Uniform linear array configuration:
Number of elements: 16
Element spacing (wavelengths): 0.75
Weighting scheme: hamming
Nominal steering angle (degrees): -15
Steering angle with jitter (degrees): -13.626
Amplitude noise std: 0.05
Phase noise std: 0.05

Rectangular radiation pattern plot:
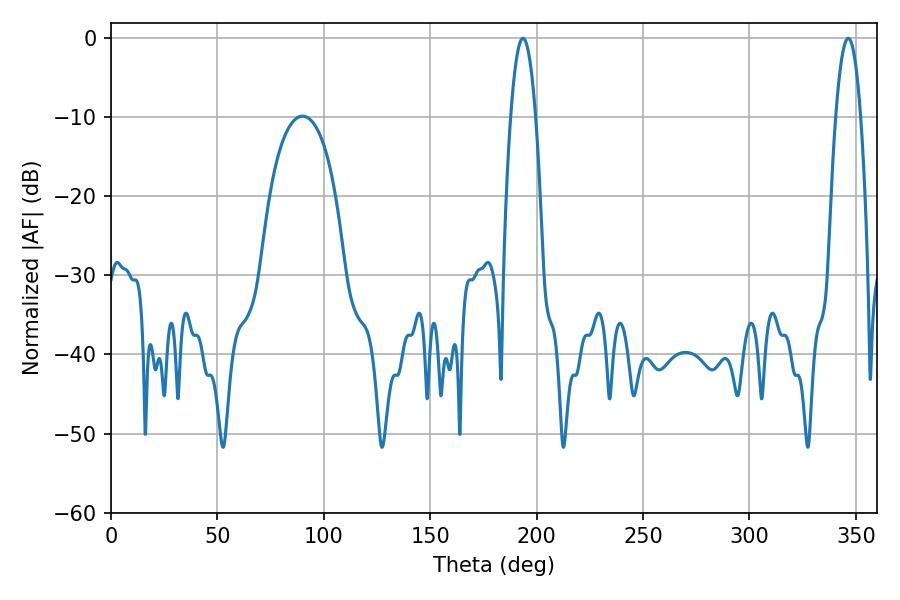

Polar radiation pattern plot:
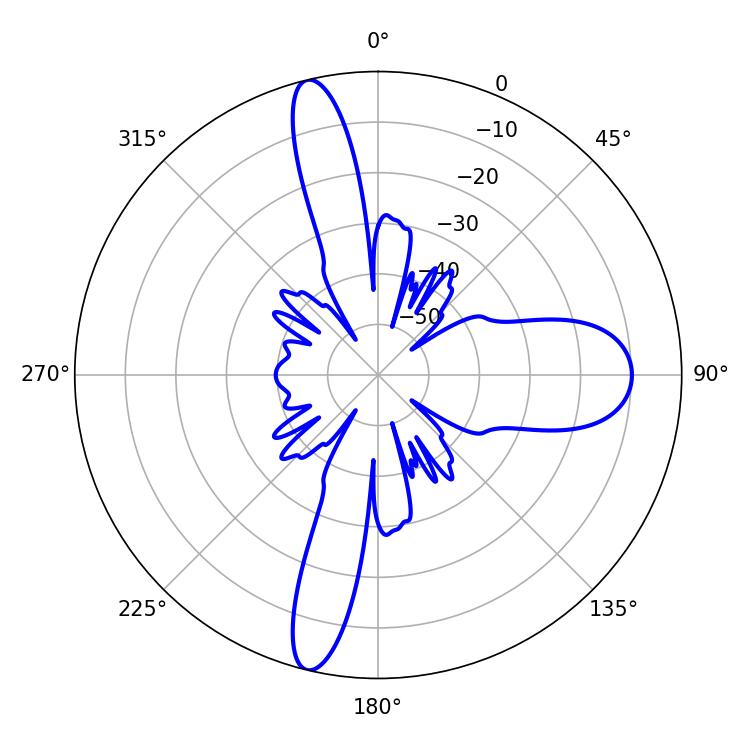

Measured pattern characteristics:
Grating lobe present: TRUE
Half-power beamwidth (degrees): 6.3
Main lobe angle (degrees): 193.5